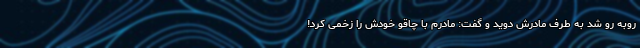
روبه رو شد به طرف مادرش دوید و گفت: مادرم با چاقو خودش را زخمی کرد!